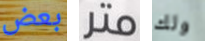
بعض متر ولك